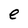
Character: e